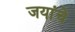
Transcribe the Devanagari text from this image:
जयांचे